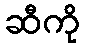
ဆီကို